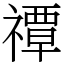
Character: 禫